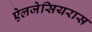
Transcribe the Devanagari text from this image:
ऐलजेसियरास